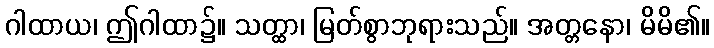
ဂါထာယ၊ ဤဂါထာ၌။ သတ္ထာ၊ မြတ်စွာဘုရားသည်။ အတ္တနော၊ မိမိ၏။